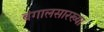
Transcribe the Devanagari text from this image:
बंगालसारख्या